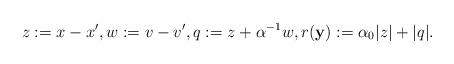
LaTeX: \begin{align*}z:=x-x',w:=v-v',q := z +\alpha^{-1}w,r({\bf y}) :=\alpha_0 |z| +|q |.\end{align*}